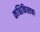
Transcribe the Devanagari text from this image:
कश्चिकित्सकः